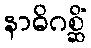
နာဓိဂစ္ဆိံ